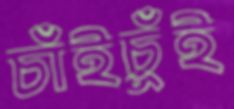
চাঁইচুঁই